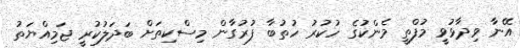
އޭނާ ވިދާޅުވީ މުފްތީ މެންކުގެ ހުކުރު ހުތުބާ ފުރުގާން މިސްކިތަށް ބަދަލުކުރީ ޖަމިއްޔަތު